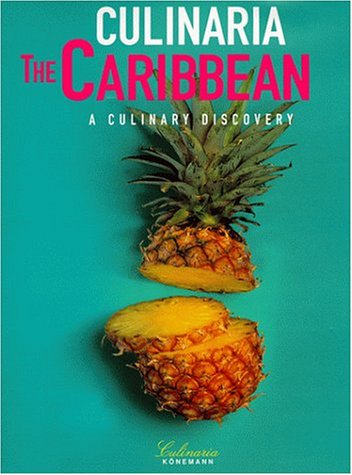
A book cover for Culinaria the Caribbean: A Culinary Discovery; Rosemary Parkinson; Cookbooks, Food & Wine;